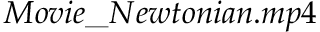
M o v i e \_ N e w t o n i a n . m p 4